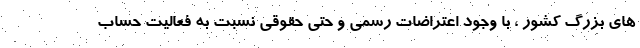
های بزرگ کشور ، با وجود اعتراضات رسمی و حتی حقوقی نسبت به فعالیت حساب